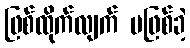
ဖြစ်ထိုက်လျက် မဖြစ်ခဲ့